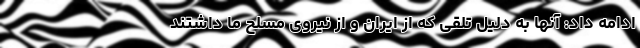
ادامه داد: آنها به دلیل تلقی که از ایران و از نیروی مسلح ما داشتند